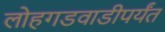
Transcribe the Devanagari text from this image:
लोहगडवाडीपर्यंत